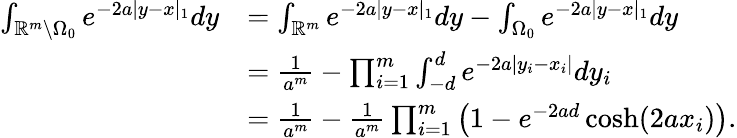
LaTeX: \begin{array}{rl}{\int_{\mathbb{R}^{m}\setminus{\Omega_{0}}}e^{-2a|y-x|_{1}}dy}&{=\int_{\mathbb{R}^{m}}e^{-2a|y-x|_{1}}dy-\int_{{\Omega_{0}}}e^{-2a|y-x|_{1}}dy}\\ &{=\frac{1}{a^{m}}-\prod_{i=1}^{m}\int_{-d}^{d}e^{-2a|y_{i}-x_{i}|}dy_{i}}\\ &{=\frac{1}{a^{m}}-\frac{1}{a^{m}}\prod_{i=1}^{m}\left(1-e^{-2ad}\cosh(2ax_{i})\right).}\end{array}